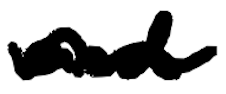
Text: and
Cross-out: wave
Writing tool: digital_black